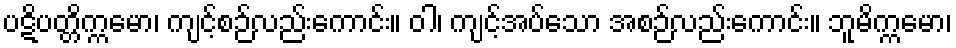
ပဋိပတ္တိက္ကမော၊ ကျင့်စဉ်လည်းကောင်း။ ဝါ၊ ကျင့်အပ်သော အစဉ်လည်းကောင်း။ ဘူမိက္ကမော၊